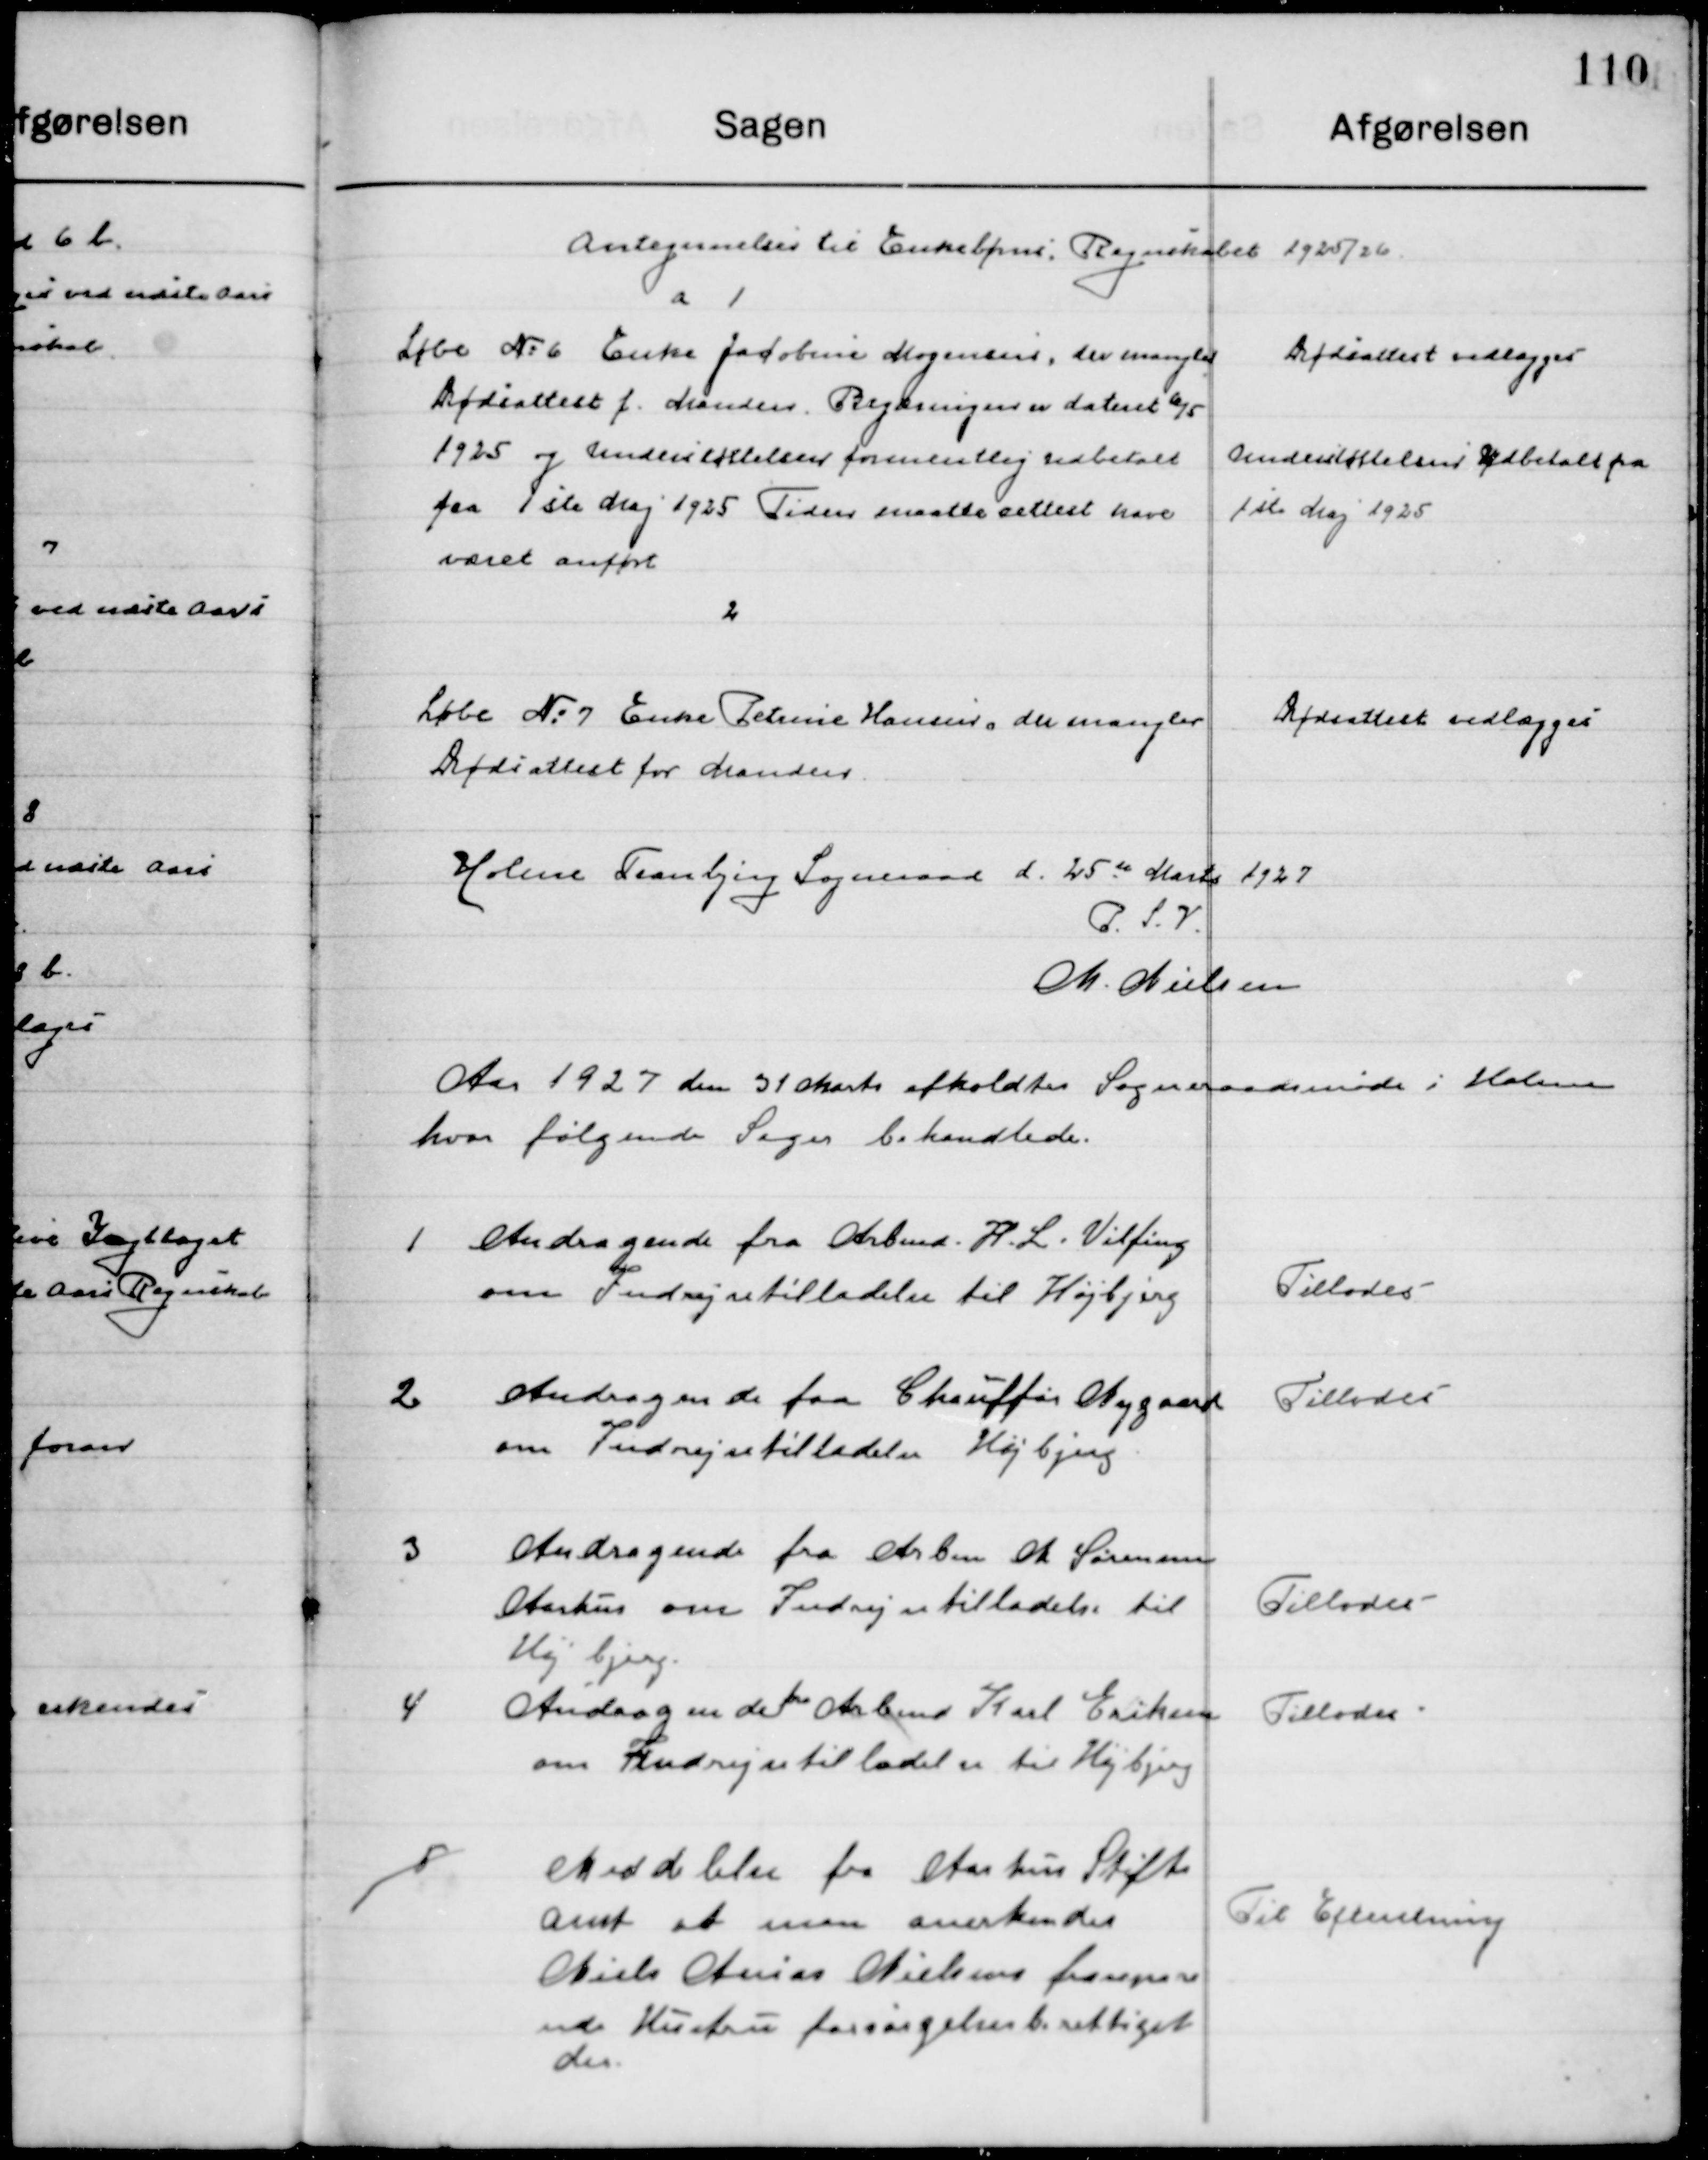
Transskription:
Antegnelse til Enkebørns Regnskabet 1925 / 26

a 1
Løbe № 6 Enke Jacobine Mogensen, der mangler
Dødsattest f. Mandens. Regningen er dateret 6/5
1925 og Understøttelsen formentlig udbetalt
fra 1ste Maj 1925 Tiden maatte settest have 
været anført.

Dødsattest vedlægges
Understøttelsen Udbetalt fra
1ste Maj 1925

2
Løbe No. 7 Enke Petrine Hansen der mangler
Dødsattest for Mandens.

Dødsattest vedlægges

Holme Tranbjerg Sogneraad d. 25de Marts 1927
P.S.V.
M. Nielsen

Aaret 1927 den 31 Marts afholdt Sogneraadsmøde i Holme 
hvor følgende Sager behandledes.

1

Andragende fra Arbmd. H. L. Vilfing
om Indrejsetilladelse til Højbjerg

Tillodes

2

Andragende fra chauffør Nygaard
om Indrejsetilladelse til Højbjerg

Tillodes

3

Andragende fra Arbmd. N. Sørensen 
Aarhus om Indrejsetilladelse til 
Højbjerg

Tillodes

4

Andrag om det fra Arbmd. Karl Eriksen
om Indrejsetilladelse til Højbjerg

Tillodes

5

Meddelelse fra Aarhus Stift-
amt at man anerkender 
Niels Anders Nielsens fraseparere-
de Hustru forsørgelsesberettiget 
der.

Til Efterretning